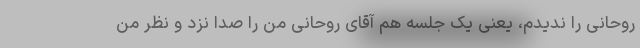
روحانی را ندیدم، یعنی یک جلسه هم آقای روحانی من را صدا نزد و نظر من